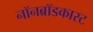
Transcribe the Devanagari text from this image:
नॉनब्रॉडकास्ट